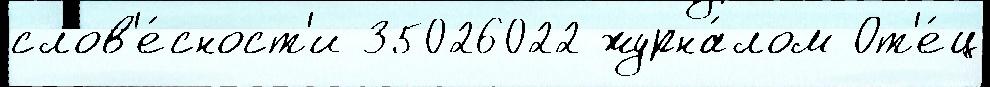
слов'е́сност'и 35026022 журна́лом От'е́ц